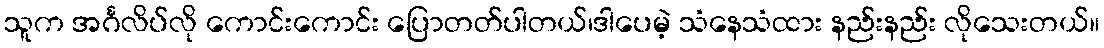
သူက အင်္ဂလိပ်လို ကောင်းကောင်း ပြောတတ်ပါတယ်၊ဒါပေမဲ့ သံနေသံထား နည်းနည်း လိုသေးတယ်။